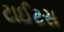
ટાઈટસ